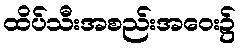
ထိပ်သီးအစည်းအဝေး၌